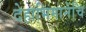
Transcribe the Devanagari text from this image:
देहाभिमानेंचि